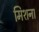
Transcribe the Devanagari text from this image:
मिशना